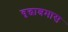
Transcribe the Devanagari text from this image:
वृद्धाश्रमास